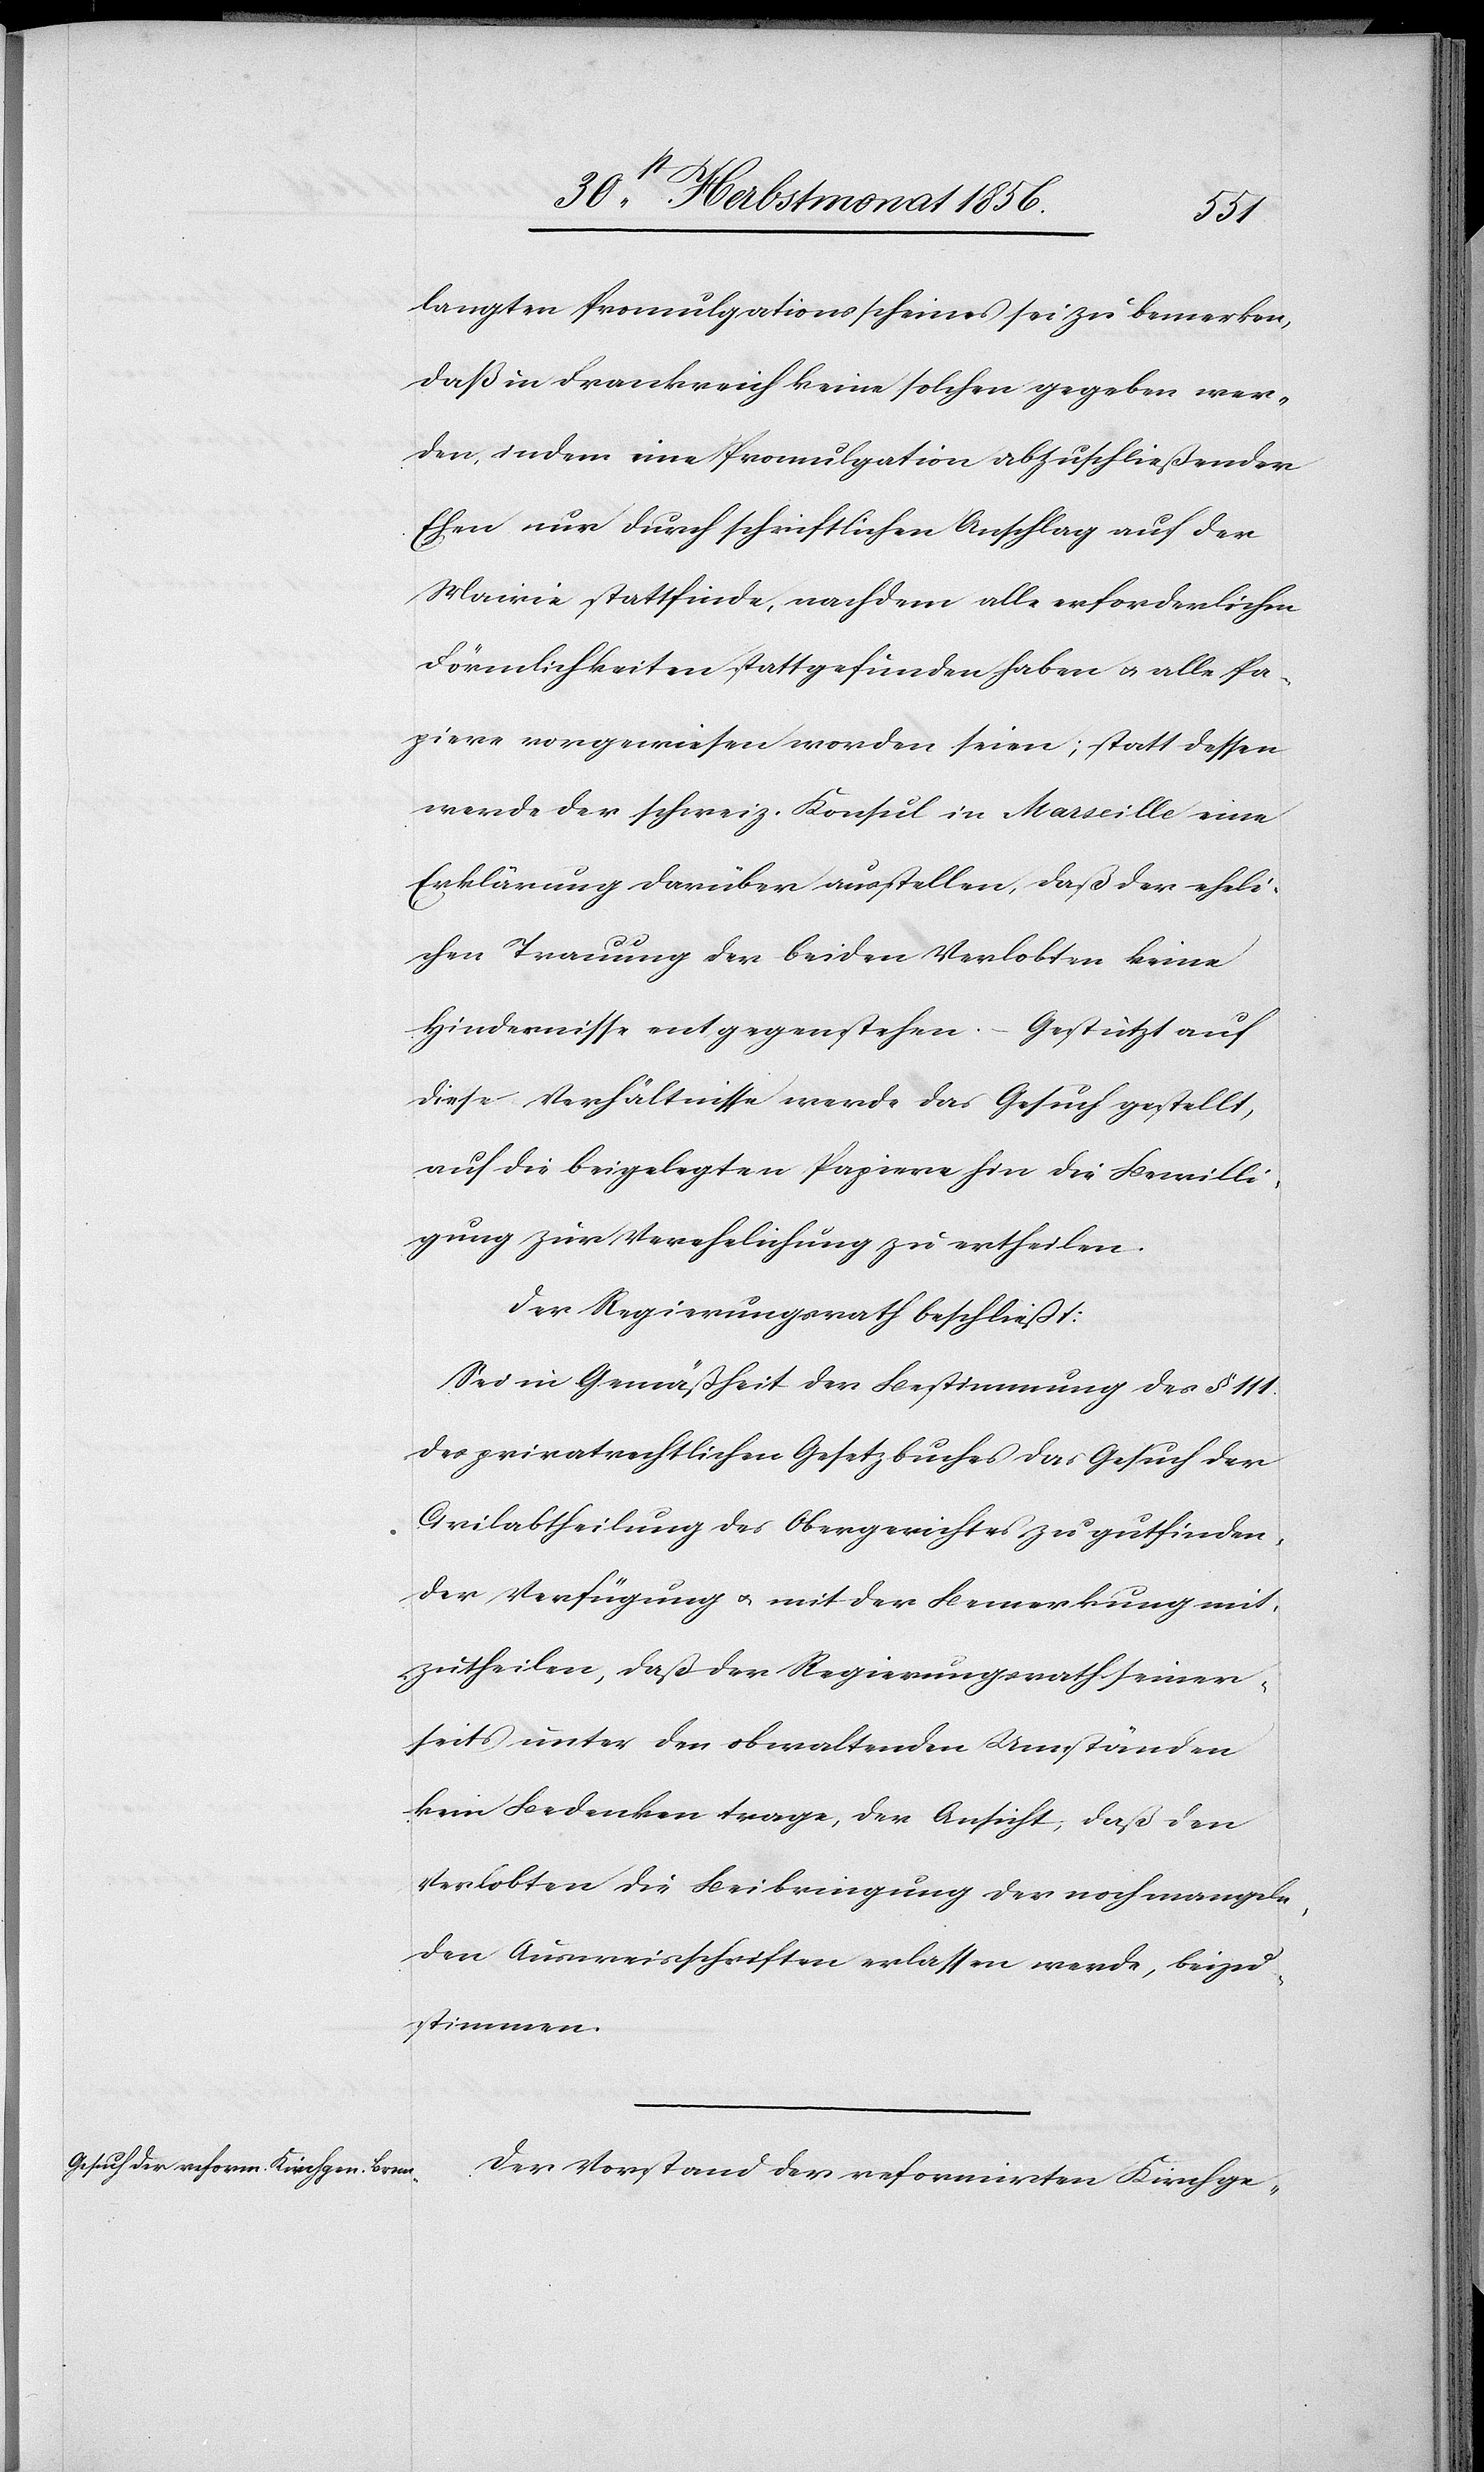
langten Promulgationsscheines sei zu bemerken,
daß in Frankreich keine solchen gegeben wer¬
den, indem eine Promulgation abzuschließender
Ehen nur durch schriftlichen Anschlag auf der
Mairie stattfinde, nachdem alle erforderlichen
Förmlichkeiten stattgefunden haben u. alle Pa¬
piere vorgewiesen worden seien; statt dessen
werde der schweiz. Konsul in Marseille eine
Erklärung darüber ausstellen, daß der eheli¬
chen Trauung der beiden Verlobten keine
Hindernisse entgegenstehen. – Gestützt auf
diese Verhältnisse werde das Gesuch gestellt,
auf die beigelegten Papiere hin die Bewilli¬
gung zur Verehelichung zu ertheilen.
Der Regierungsrath beschließt:
Sei in Gemäßheit der Bestimmung des § 111.
des privatrechtlichen Gesetzbuches das Gesuch der
Civilabtheilung des Obergerichtes zu gutfinden¬
der Verfügung u. mit der Bemerkung mit¬
zutheilen, daß der Regierungsrath seiner¬
seits unter den obwaltenden Umständen
kein Bedenken trage, der Ansicht, daß den
Verlobten die Beibringung der noch mangeln¬
den Ausweisschriften erlassen werde, beizu¬
stimmen.
Der Vorstand der reformirten Kirchge-